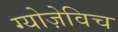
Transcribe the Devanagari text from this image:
ग्योज़ेविच